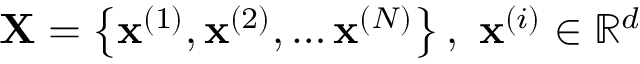
\mathbf { X } = \left\{ \mathbf { x } ^ { ( 1 ) } , \mathbf { x } ^ { ( 2 ) } , \ldots \mathbf { x } ^ { ( N ) } \right\} , \ \mathbf { x } ^ { ( i ) } \in \mathbb { R } ^ { d }